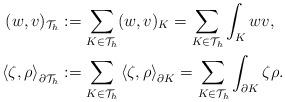
LaTeX: \begin{align*}(w,v)_{\mathcal{T}_h} &:= \sum_{K\in\mathcal{T}_h} (w,v)_K = \sum_{K\in\mathcal{T}_h}\int_K w v , \\ \left\langle \zeta,\rho\right\rangle_{\partial\mathcal{T}_h} &:= \sum_{K\in\mathcal{T}_h} \left\langle \zeta,\rho\right\rangle_{\partial K} = \sum_{K\in\mathcal{T}_h}\int_{\partial K} \zeta\rho.\end{align*}